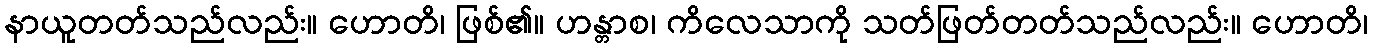
နာယူတတ်သည်လည်း။ ဟောတိ၊ ဖြစ်၏။ ဟန္တာစ၊ ကိလေသာကို သတ်ဖြတ်တတ်သည်လည်း။ ဟောတိ၊